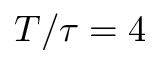
T / \tau = 4